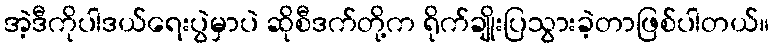
အဲ့ဒီကိုပါဒယ်ရေးပွဲမှာပဲ ဆိုစီဒက်တို့က ရိုက်ချိုးပြသွားခဲ့တာဖြစ်ပါတယ်။